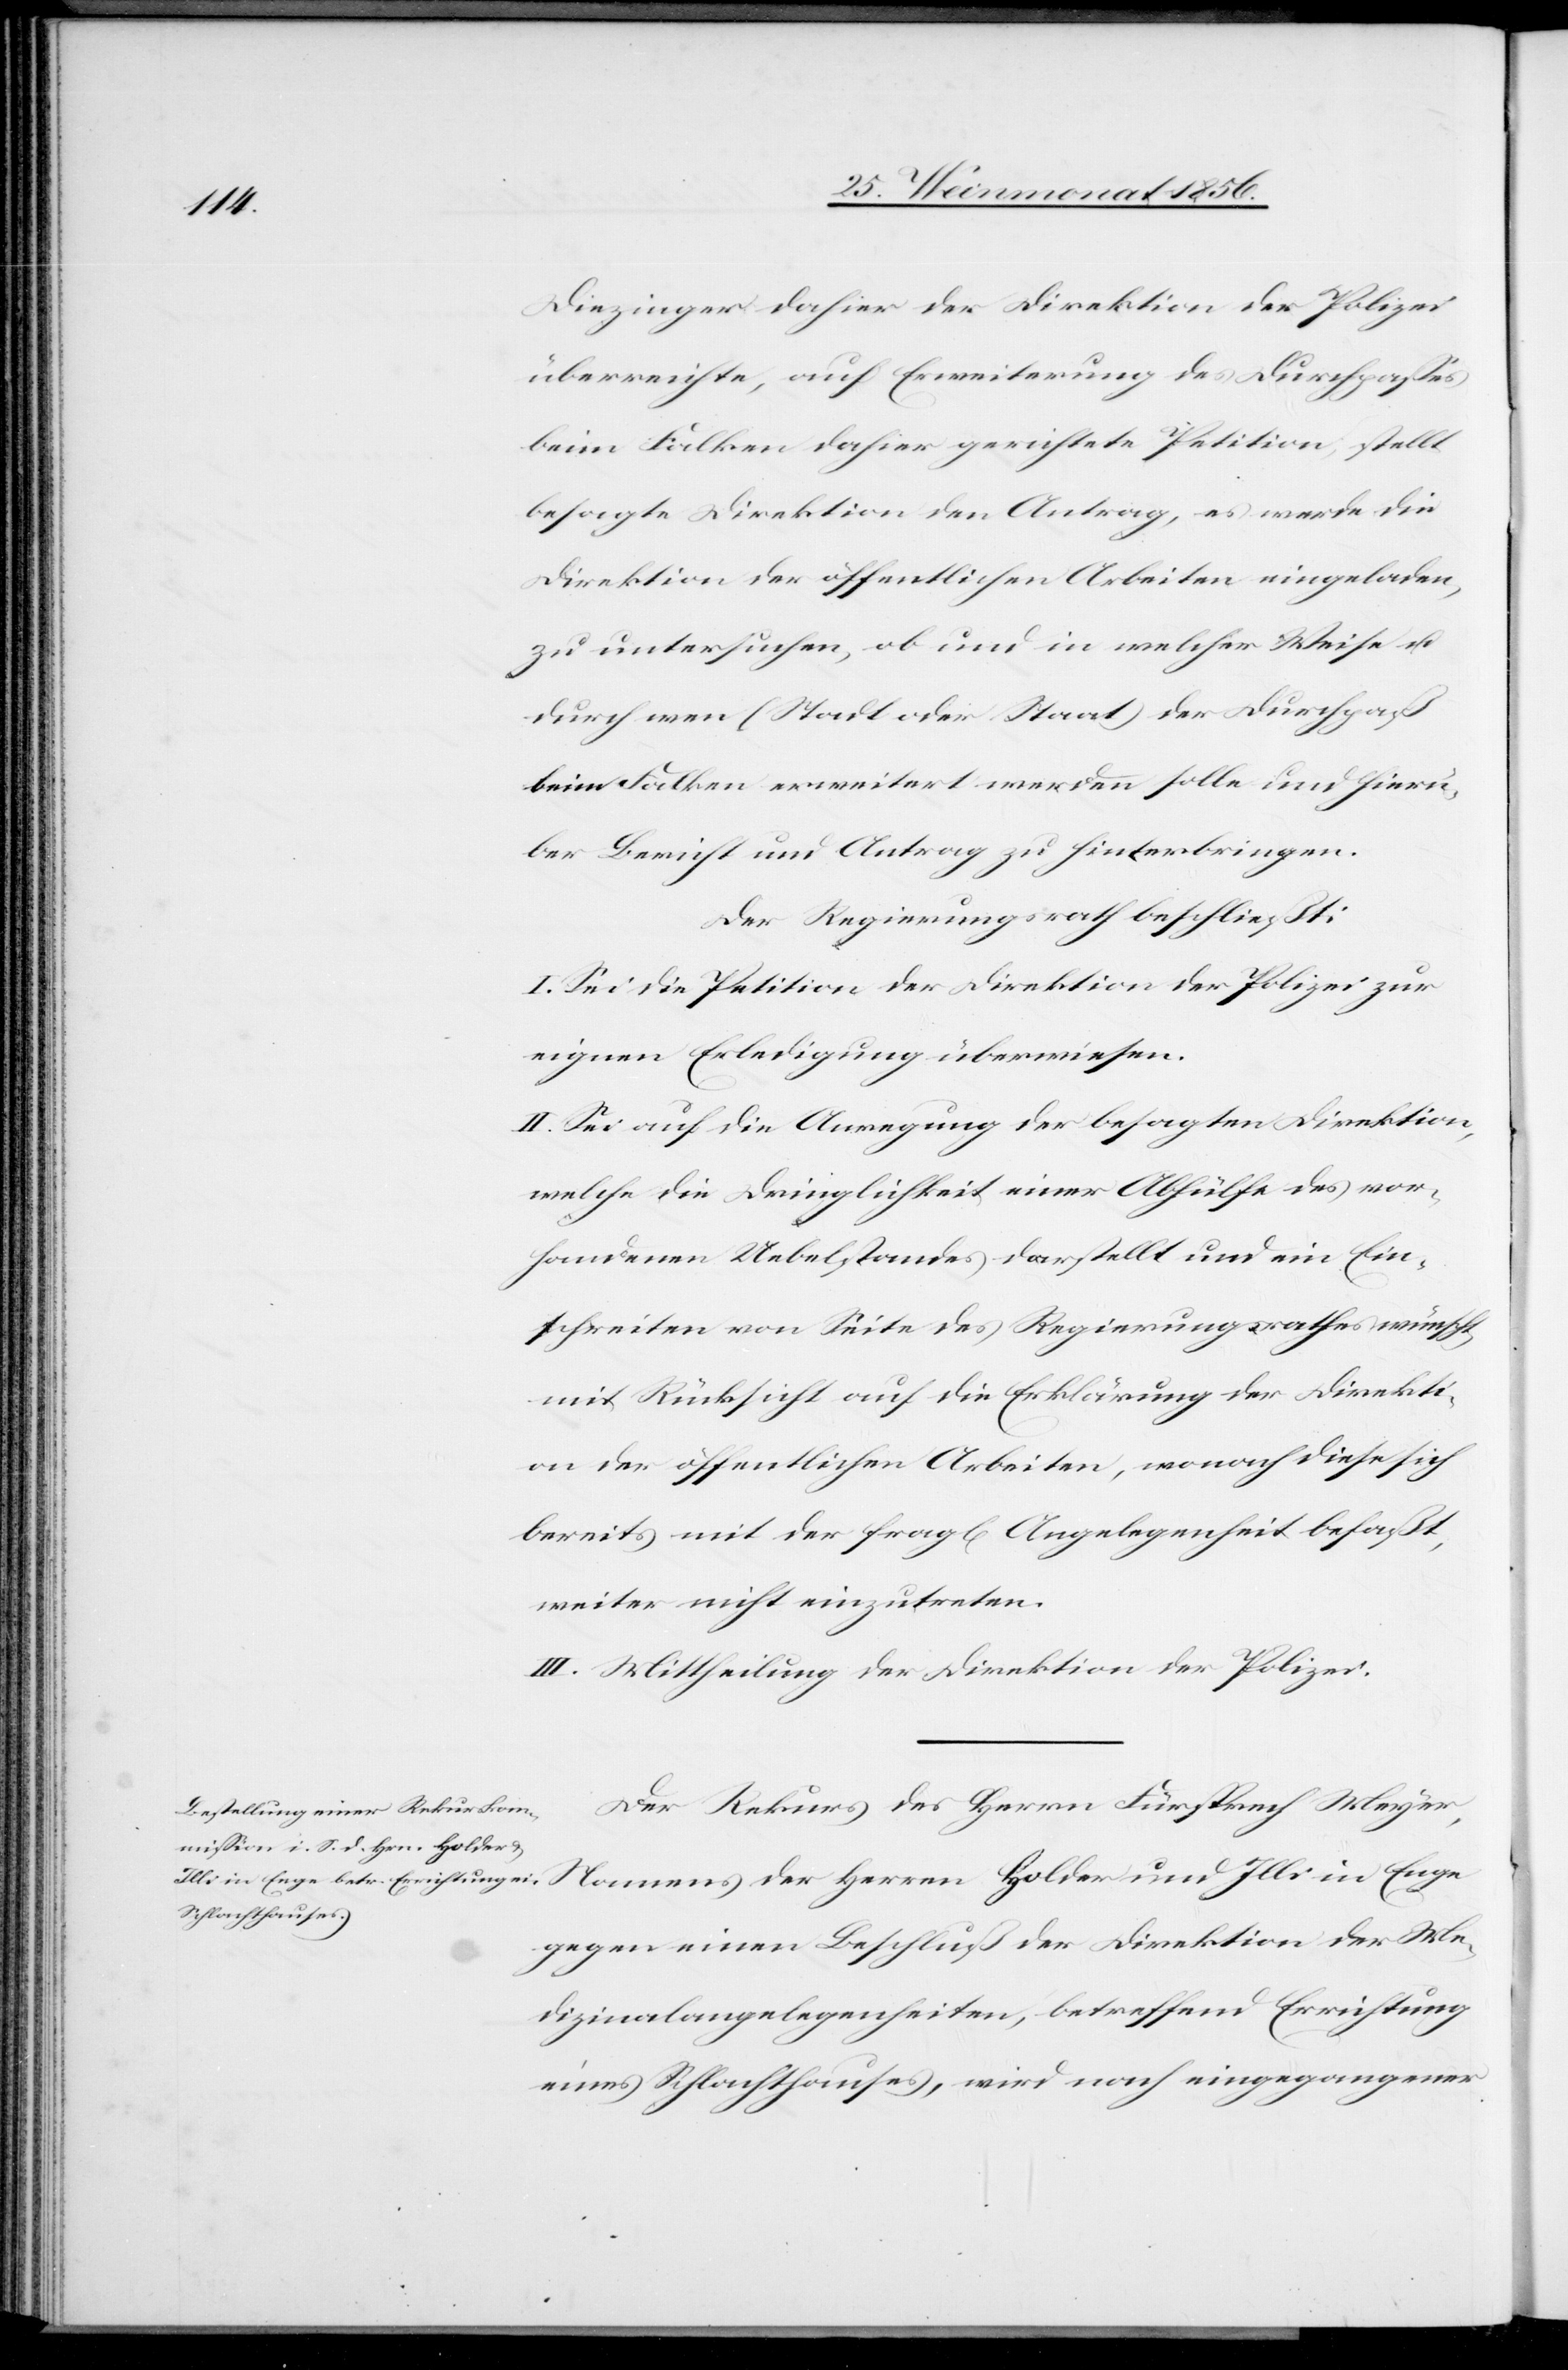
Diezinger dahier der Direktion der Polizei
überreichte, auf Erweiterung des Durchpasses
beim Falken dahier gerichtete Petition, stellt
besagte Direktion den Antrag, es werde die
Direktion der öffentlichen Arbeiten eingeladen,
zu untersuchen, ob und in welcher Weise u.
durch wen (Stadt oder Staat) der Durchpaß
beim Falken erweitert werden solle und hierü¬
ber Bericht und Antrag zu hinterbringen.
Der Regierungsrath beschließt:
I. Sei die Petition der Direktion der Polizei zur
eignen Erledigung überwiesen.
II. Sei auf die Anregung der besagten Direktion,
welche die Dringlichkeit einer Abhülfe des vor¬
handenen Uebelstandes darstellt und ein Ein¬
schreiten von Seite des Regierungsrathes wünscht,
mit Rücksicht auf die Erklärung der Direkti¬
on der öffentlichen Arbeiten, wonach diese sich
bereits mit der fragl[ichen] Angelegenheit befaßt,
weiter nicht einzutreten.
III. Mittheilung der Direktion der Polizei.
Der Rekurs des Herrn Fürsprech Meyer,
gegen einen Beschluß der Direktion der Me¬
dizinalangelegenheiten, betreffend Errichtung
eines Schlachthauses, wird nach eingegangener